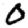
Digit: 0